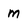
Character: m